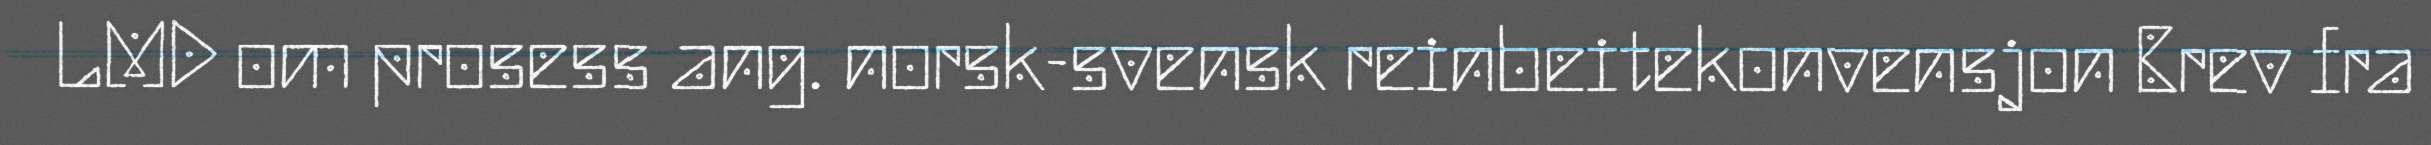
LMD om prosess ang. norsk-svensk reinbeitekonvensjon Brev fra